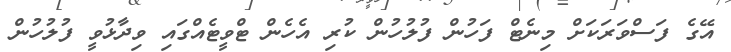
އޭގެ ފަސްވަރަކަށް މިނެޓް ފަހުން ފުލުހުން ކުރި އެހެން ޓްވީޓެއްގައި ވިދާޅުވީ ފުލުހުން